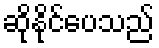
ဆိုနိုင်ပေသည်